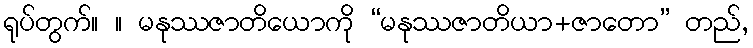
ရုပ်တွက်။ ။ မနုဿဇာတိယောကို “မနုဿဇာတိယာ+ဇာတော” တည်,